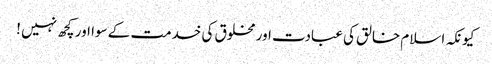
کیونکہ اسلام خالق کی عبادت اور مخلوق کی خدمت کے سوا اور کچھ نہیں !